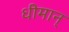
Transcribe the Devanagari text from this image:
धीमान्‌